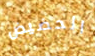
الحضيض